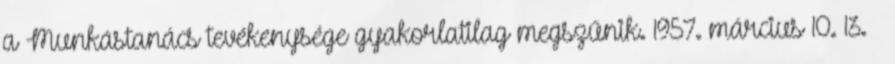
a Munkástanács tevékenysége gyakorlatilag megszűnik. 1957. március 10.–13. –